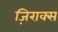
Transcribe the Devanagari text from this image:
ज़िराक्स